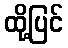
ထို့ပြင်